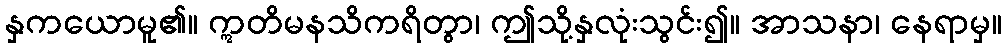
နှကယောမူ၏။ ဣတိမနသိကရိတွာ၊ ဤသို့နှလုံးသွင်း၍။ အာသနာ၊ နေရာမှ။